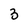
Character: 3